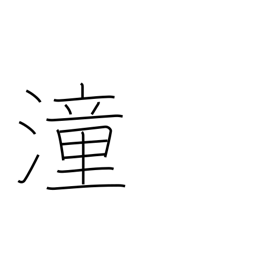
Meaning: high